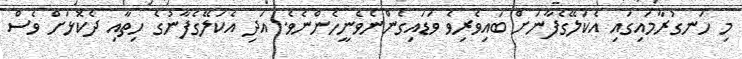
މި ހަނގުރާމައިގައި އެކަލޭގެފާނަށް ބައިވެރިވެ ވަޑައިގެންނެވެނީހެންނެވެ. އަދި އެކަލޭގެފާނުގެ ހިތާއި ދެކޮޅަށް ވެސް